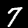
Digit: 7